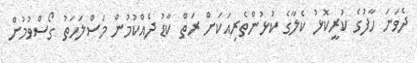
ދެވަނަ ހާފުގެ ކުރީކޮޅު ކެލާގެ ކުޅުންތެރިއަކަށް ރަތް ކާޑު ދެއްކުމުން މަސްލަހަތު ގޯސްވުމުން